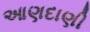
આણદાણી